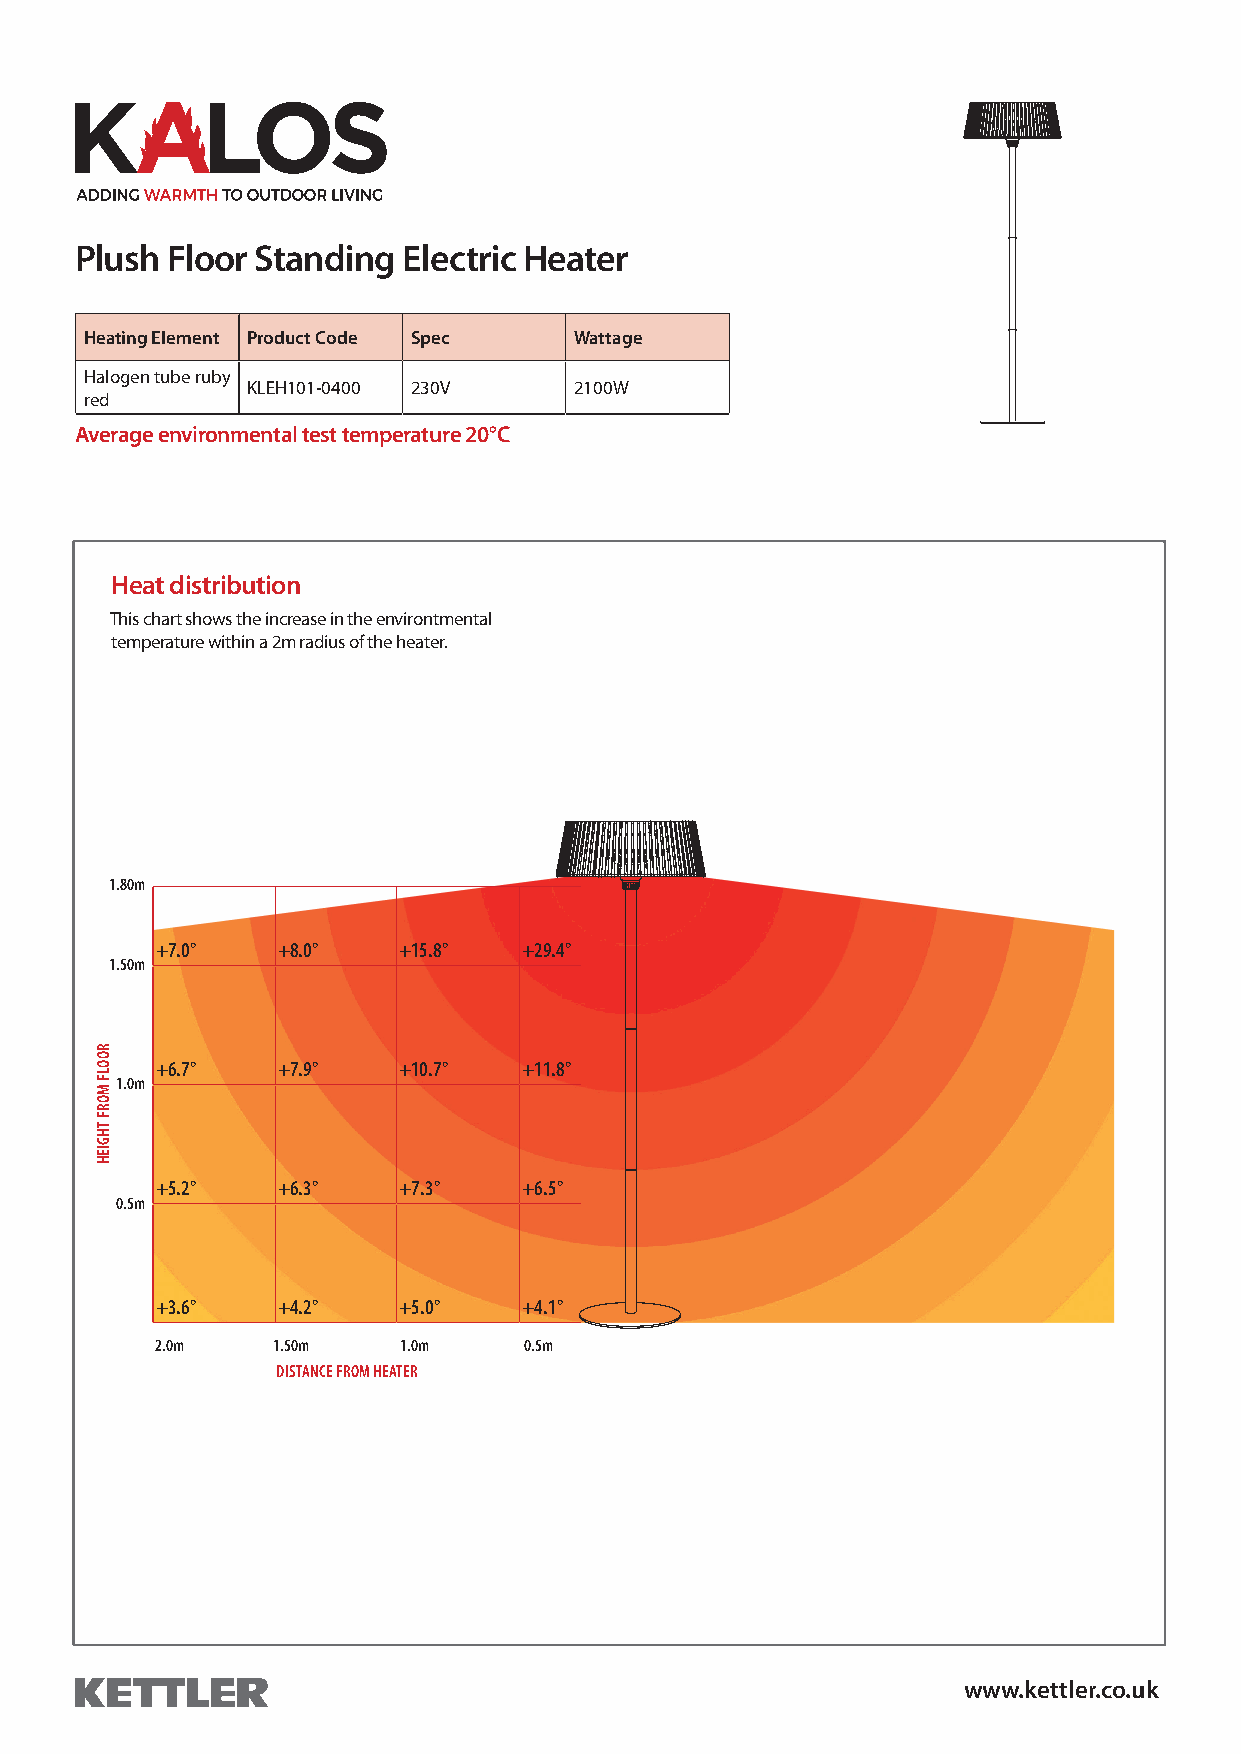
Plush Floor Standing  Electric Heater
 Heating Element Product Code Spec Wattage
 Halogen tube ruby
 KLEH101-0400 230V     2100W
 red
 Average environmental test temperature 20°C
 Heat distribution
 This chart shows the increase in the environtmental
 temperature within a 2m radius of the heater.
 1.80m
 +7.0°   +8.0°   +15.8°   +29.4°
 1.50m
 +6.7°   +7.9°   +10.7°   +11.8°
 1.0m
 +5.2°   +6.3°   +7.3°    +6.5°
 0.5m
 +3.6°   +4.2°   +5.0°    +4.1°
 2.0m    1.50m   1.0m     0.5m
 DISTANCE FROM HEATER
 www.kettler.co.uk
 ROOLF
 MORF
 THGIEH